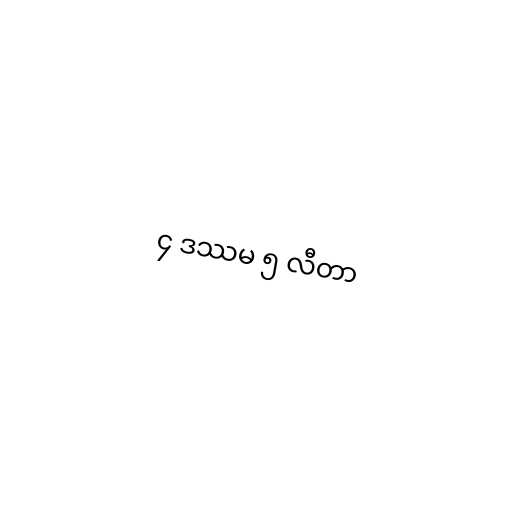
၄ ဒဿမ ၅ လီတာ